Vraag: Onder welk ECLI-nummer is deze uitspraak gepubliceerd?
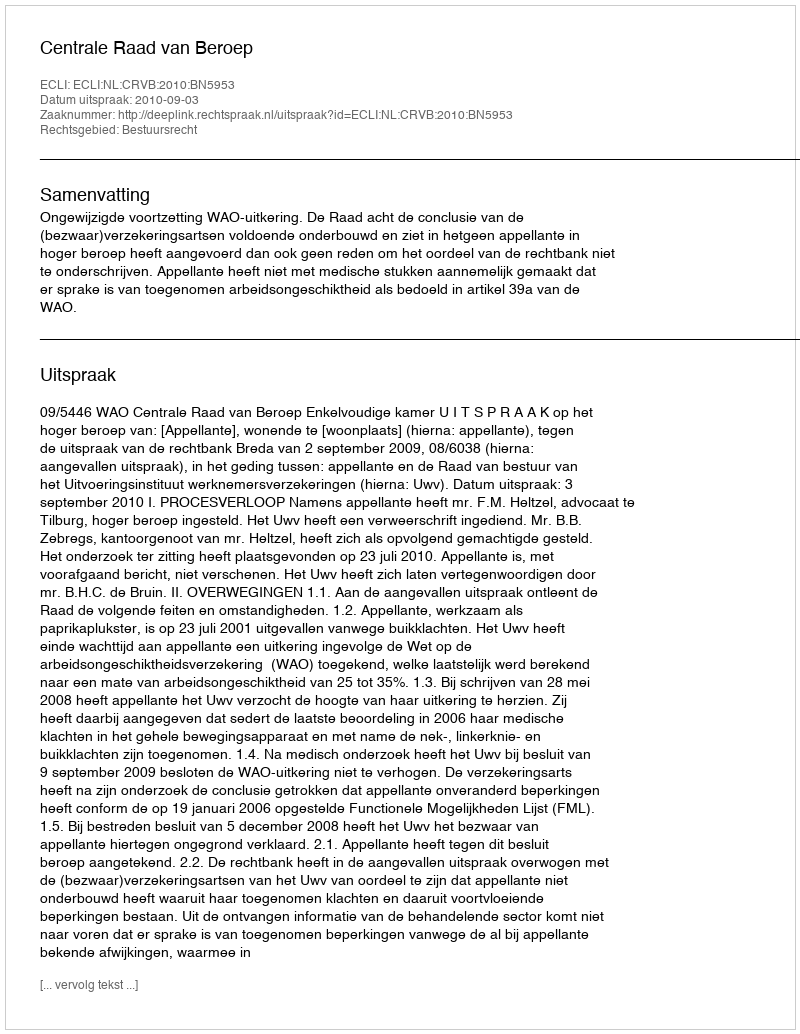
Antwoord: ECLI:NL:CRVB:2010:BN5953